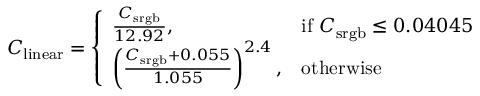
C _ { \mathrm { l i n e a r } } = { \left\{ \begin{array} { l l } { { \frac { C _ { \mathrm { s r g b } } } { 1 2 . 9 2 } } , } & { { \mathrm { i f ~ } } C _ { \mathrm { s r g b } } \leq 0 . 0 4 0 4 5 } \\ { \left( { \frac { C _ { \mathrm { s r g b } } + 0 . 0 5 5 } { 1 . 0 5 5 } } \right) ^ { 2 . 4 } , } & { { \mathrm { o t h e r w i s e } } } \end{array} \right. }